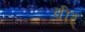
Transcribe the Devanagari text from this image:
वीर्